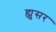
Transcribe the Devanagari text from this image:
ह्युसर